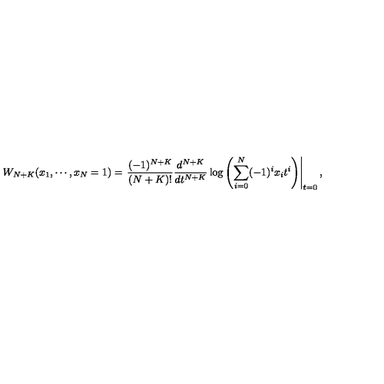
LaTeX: W _ { N + K } ( x _ { 1 } , \cdots , x _ { N } = 1 ) = \left. \frac { ( - 1 ) ^ { N + K } } { ( N + K ) ! } \frac { d ^ { N + K } } { d t ^ { N + K } } \log \left( \sum _ { i = 0 } ^ { N } ( - 1 ) ^ { i } x _ { i } t ^ { i } \right) \right| _ { t = 0 } ,